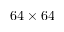
6 4 \times 6 4